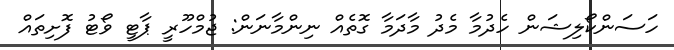
ހަސަންކޯލިޝަން ހެދުމާ މެދު މާދަމާ ގޮތެއް ނިންމާނަން: ޖުމްހޫރީ ޕާޓީ ވޯޓު ފޮށިތައް